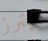
بترز